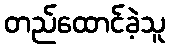
တည်ထောင်ခဲ့သူ